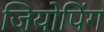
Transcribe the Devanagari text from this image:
जियोपिंग